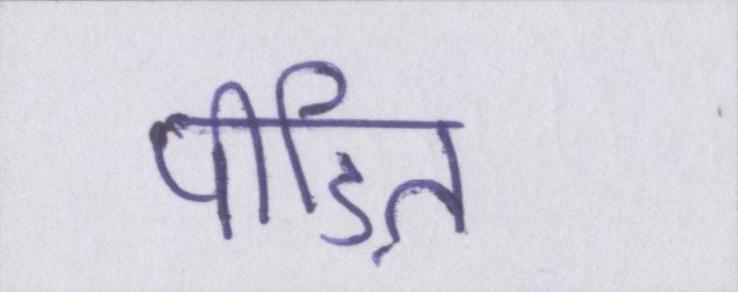
पीडि़त